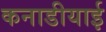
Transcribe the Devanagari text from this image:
कनाडीयाई